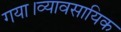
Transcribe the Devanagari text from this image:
गया।व्यावसायिक